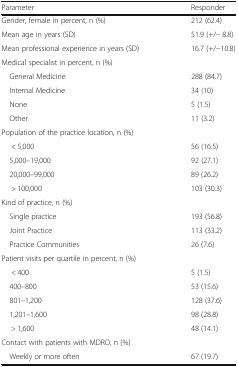
<table><thead><tr><td><b>Parameter</b></td><td><b>Responder</b></td></tr></thead><tbody><tr><td>Gender, female in percent, n (%)</td><td>212 (62.4)</td></tr><tr><td>Mean age in years (SD)</td><td>51.9 (+/− 8.8)</td></tr><tr><td>Mean professional experience in years (SD)</td><td>16.7 (+/−10.8)</td></tr><tr><td colspan="2">Medical specialist in percent, n (%)</td></tr><tr><td> General Medicine</td><td>288 (84.7)</td></tr><tr><td> Internal Medicine</td><td>34 (10)</td></tr><tr><td> None</td><td>5 (1.5)</td></tr><tr><td> Other</td><td>11 (3.2)</td></tr><tr><td colspan="2">Population of the practice location, n (%)</td></tr><tr><td>&lt; 5,000</td><td>56 (16.5)</td></tr><tr><td> 5,000–19,000</td><td>92 (27.1)</td></tr><tr><td> 20,000–99,000</td><td>89 (26.2)</td></tr><tr><td>&gt; 100,000</td><td>103 (30.3)</td></tr><tr><td colspan="2">Kind of practice, n (%)</td></tr><tr><td> Single practice</td><td>193 (56.8)</td></tr><tr><td> Joint Practice</td><td>113 (33.2)</td></tr><tr><td> Practice Communities</td><td>26 (7.6)</td></tr><tr><td colspan="2">Patient visits per quartile in percent, n (%)</td></tr><tr><td>&lt; 400</td><td>5 (1.5)</td></tr><tr><td> 400–800</td><td>53 (15.6)</td></tr><tr><td> 801–1,200</td><td>128 (37.6)</td></tr><tr><td> 1,201–1,600</td><td>98 (28.8)</td></tr><tr><td>&gt; 1,600</td><td>48 (14.1)</td></tr><tr><td>Contact with patients with MDRO, n (%)</td><td></td></tr><tr><td> Weekly or more often</td><td>67 (19.7)</td></tr></tbody></table>